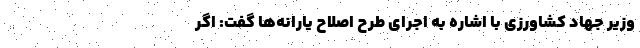
وزیر جهاد کشاورزی با اشاره به اجرای طرح ‌اصلاح یارانه‌ها گفت: اگر